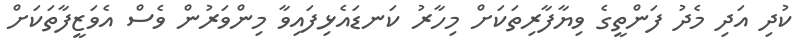
ކުދި އަދި މެދު ފަންތީގެ ވިޔާފާރިތަކަށް މިހާރު ކަނޑައެޅިފައިވާ މިންވަރުން ވެސް އެވަޒީފާތަކަށް